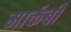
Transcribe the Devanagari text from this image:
मार्कबी